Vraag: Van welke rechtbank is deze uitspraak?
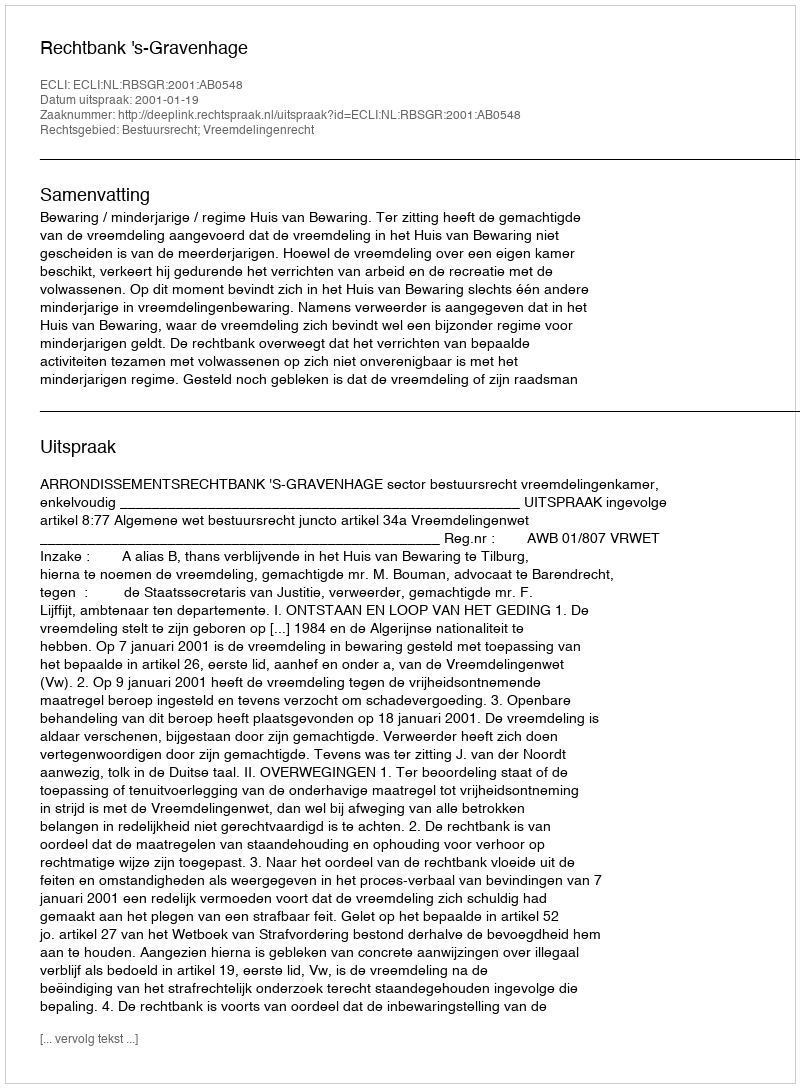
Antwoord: Rechtbank 's-Gravenhage